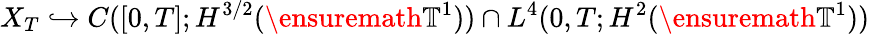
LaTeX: X_{T}\hookrightarrow C([0,T];H^{3/2}(\ensuremath{\mathbb{T}}^{1}))\cap L^{4}(0,T;H^{2}(\ensuremath{\mathbb{T}}^{1}))